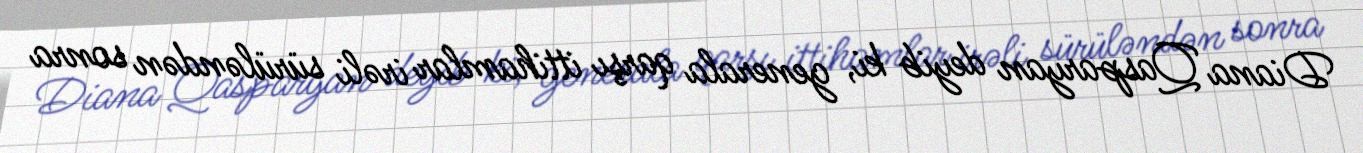
Diana Qasparyan deyib ki, generala qarşı ittihamlar irəli sürüləndən sonra